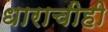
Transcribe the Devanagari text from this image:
धाराचीही